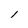
Character: 1